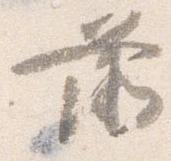
前